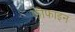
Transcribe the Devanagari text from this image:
फीफाइन